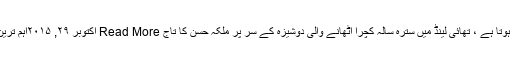
تفصیلات کےمطابق قسمت جب مہربان ہو تو ایسا بھی ہوتا ہے ، تھائی لینڈ میں سترہ سالہ کچرا اٹھانے والی دوشیزہ کے سر پر ملکہ حسن کا تاج Read More اکتوبر ۲۹, ۲۰۱۵اہم ترین, بریکنگ نیوز, دنیاShaukat Ali تازہ ترین ویڈیوز